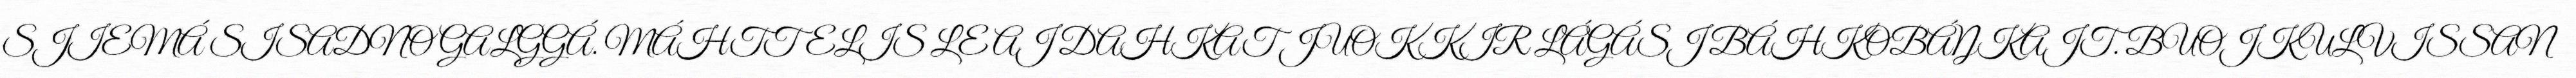
SJIEMÁ SISADNO GALGGÁ. MÁHTTELIS LE AJ DAHKAT JUOKKIR LÁGÁSJ BÁHKOBÁŊKAJT. BUOJKULVISSAN